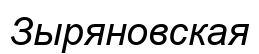
Зыряновская